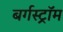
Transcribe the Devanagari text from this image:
बर्गस्ट्रॉम